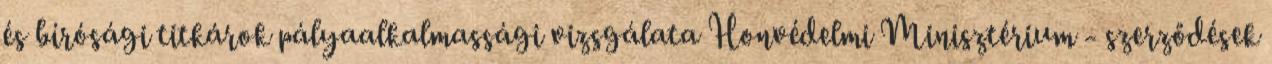
és bírósági titkárok pályaalkalmassági vizsgálata Honvédelmi Minisztérium - szerződések